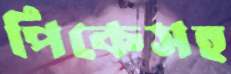
পিকেসহ